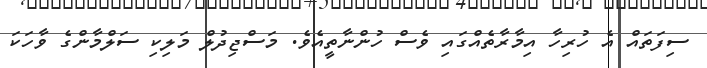
ސިފަތައް އެ ހުރިހާ އިމާރާތެއްގައި ވެސް ހުންނާތީއެވެ. މަސްޖިދުލް މަލިކި ސަލްމާންގެ ވާހަކަ